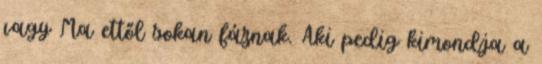
vagy Ma ettől sokan fáznak. Aki pedig kimondja a